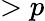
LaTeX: >p